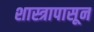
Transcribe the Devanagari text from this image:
शास्त्रापासून